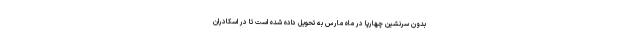
بدون سرنشین چهارپا در ماه مارس به تحویل داده شده است تا در اسکادران